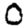
Digit: 0